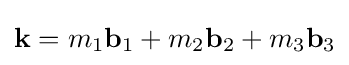
\mathbf {k} =m_{1}\mathbf {b} _{1}+m_{2}\mathbf {b} _{2}+m_{3}\mathbf {b} _{3}